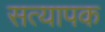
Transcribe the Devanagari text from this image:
सत्यापक